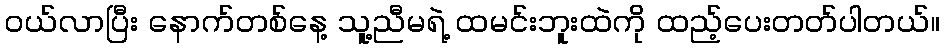
ဝယ်လာပြီး နောက်တစ်နေ့ သူ့ညီမရဲ့ ထမင်းဘူးထဲကို ထည့်ပေးတတ်ပါတယ်။